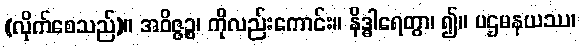
(လိုက်စေသည်)။ အဝိဇ္ဇဉ္စ၊ ကိုလည်းကောင်း။ နိဒ္ဓါရေတွာ၊ ၍။ ပဌမနယဿ၊